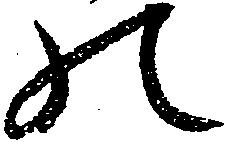
の